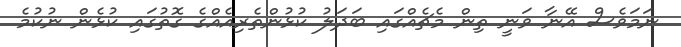
ނަމަވެސް އޭނާ ވަނީ ތިން މެޗެއްގައި ބަދަލު ކުޅުންތެރިއެއްގެ ގޮތުގައި ކުޅެން ނުކުމެ